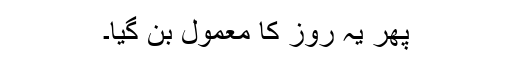
پھر یہ روز کا معمول بن گیا۔